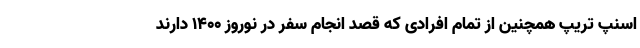
اسنپ تریپ همچنین از تمام افرادی که قصد انجام سفر در نوروز ۱۴۰۰ دارند